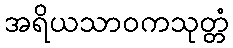
အရိယသာဝကသုတ္တံ